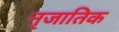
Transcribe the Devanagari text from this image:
नृजातिक